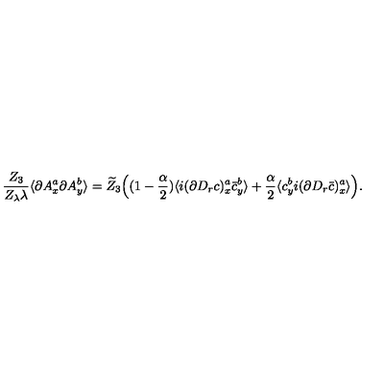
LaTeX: \frac { Z _ { 3 } } { Z _ { \lambda } \lambda } \langle \partial A _ { x } ^ { a } \partial A _ { y } ^ { b } \rangle = \widetilde Z _ { 3 } \Big ( ( 1 - \frac \alpha 2 ) \langle i ( \partial D _ { r } c ) _ { x } ^ { a } \bar { c } _ { y } ^ { b } \rangle + \frac \alpha 2 \langle c _ { y } ^ { b } i ( \partial D _ { r } \bar { c } ) _ { x } ^ { a } \rangle \Big ) .